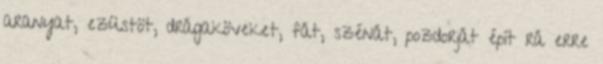
aranyat, ezüstöt, drágaköveket, fát, szénát, pozdorját épít rá erre